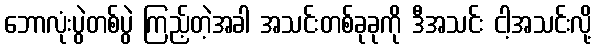
ဘောလုံးပွဲတစ်ပွဲ ကြည့်တဲ့အခါ အသင်းတစ်ခုခုကို ဒီအသင်း ငါ့အသင်းလို့